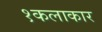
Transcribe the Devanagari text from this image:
१कलाकार